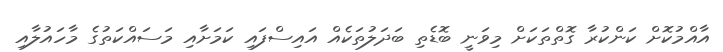
އާއްމުކޮށް ކަންކުރާ ގޮތްތަކަށް މިވަނީ ބޮޑެތި ބަދަލުތަކެއް އައިސްފައި ކަމަށާއި މަސައްކަތުގެ މާހައުލާއި